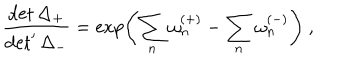
\frac { \det \Delta _ { + } } { \det ^ { \prime } \Delta _ { - } } = \exp \left( \sum _ { n } \omega _ { n } ^ { ( + ) } - \sum _ { n } \omega _ { n } ^ { ( - ) } \right) \ ,